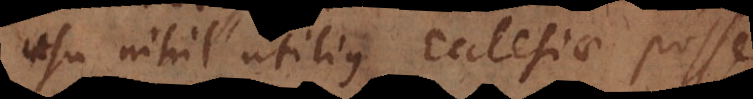
usu nihil utilius Ecclesiae posse